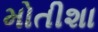
મોતીશા